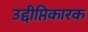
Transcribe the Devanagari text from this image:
उद्दीप्तिकारक